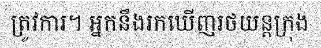
ត្រូវការ។ អ្នកនឹងរកឃើញរថយន្តក្រុង